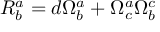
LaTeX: R _ { b } ^ { a } = d \Omega _ { b } ^ { a } + \Omega _ { c } ^ { a } \Omega _ { b } ^ { c }